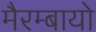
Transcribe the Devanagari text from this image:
मैरम्बायो